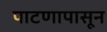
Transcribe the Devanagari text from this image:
पाटणापासून